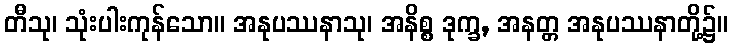
တီသု၊ သုံးပါးကုန်သော။ အနုပဿနာသု၊ အနိစ္စ ဒုက္ခ, အနတ္တ အနုပဿနာတို့၌။